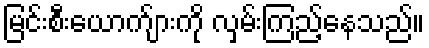
မြင်းစီးယောက်ျားကို လှမ်းကြည့်နေသည်။